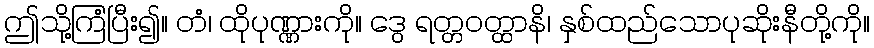
ဤသို့ကြံပြီး၍။ တံ၊ ထိုပုဏ္ဏားကို။ ဒွေ ရတ္တဝတ္ထာနိ၊ နှစ်ထည်သောပုဆိုးနီတို့ကို။